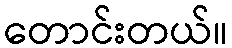
တောင်းတယ်။